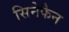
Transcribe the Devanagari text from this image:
सिनेफैन